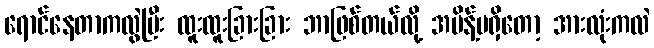
ရောင်နေတာကလွဲပြီး ထူးထူးခြားခြား ဘာဖြစ်တယ်လို့ အမိန့်မရှိတော့ အားလုံးကလဲ